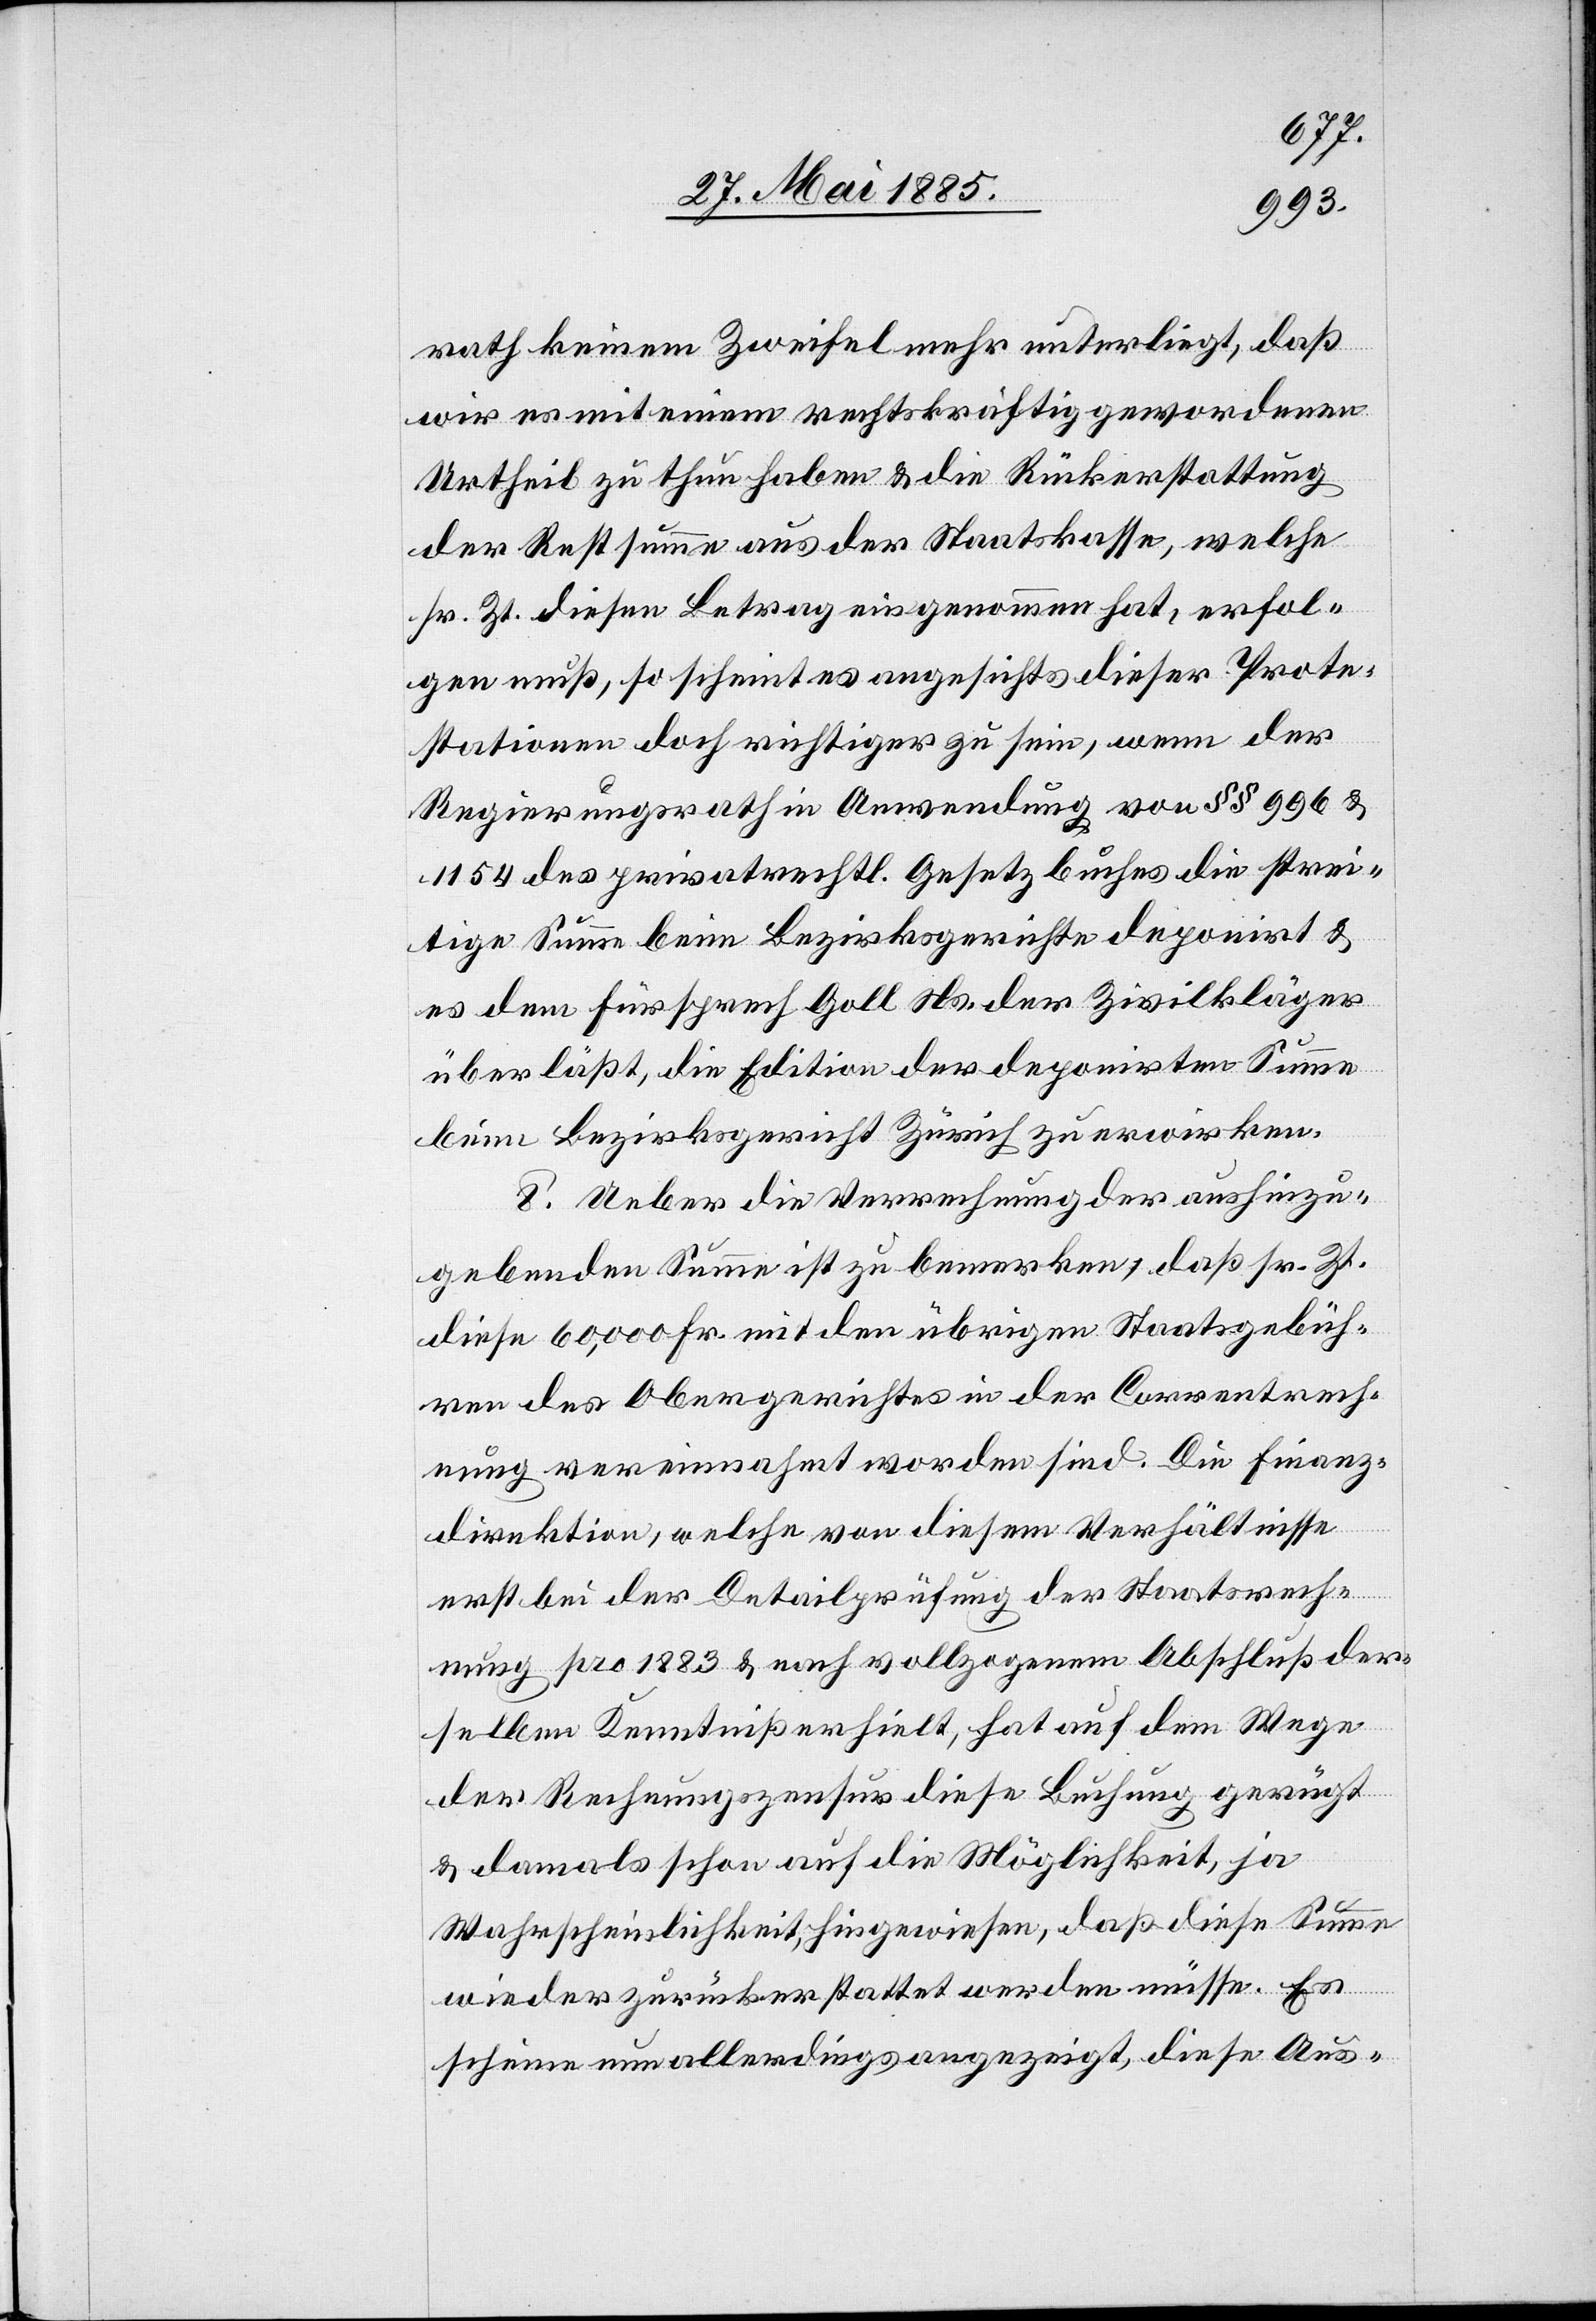
rath keinem Zweifel mehr unterliegt, daß
wir es mit einem rechtskräftig gewordenen
Urtheil zu thun haben & die Staatskasse,
sr. Zt. diesen Betrag eingenommen hat, erfol¬
gen muß, so scheint es angesichts dieser Prote¬
stationen doch richtiger zu sein, wenn der
Regierungsrath in Anwendung von §§ 996 &
1154 des privatrechtl. Gesetzbuches die strei¬
tige Summe beim Bezirksgerichte deponirt &
es dem Fürsprech Goll Ns. der Zivilkläger
überläßt, die Edition der deponirten Summe
beim Bezirksgericht Zürich zu erwirken.
8. Ueber die Verrechnung der aushinzu¬
gebenden Summe ist zu bemerken, daß sr. Zt.
diese 60,000 Fr. mit den übrigen Staatsgebüh¬
ren des Obergerichtes in der Correntrech¬
nung vereinnahmt worden sind. Die Finanz¬
direktion, welche von diesem Verhältnisse
erst bei der Detailprüfung der Staatsrech¬
nung pro 1883 & nach vollzogenem Abschluß der
selben Kenntniß erhielt, hat auf dem Wege
des Rechnungszensus diese Buchung gerügt
& damals schon auf die Möglichkeit, ja
Wahrscheinlichkeit, hingewiesen, daß diese Summe
wieder zurückerstattet werden müsse. Es
scheine nun allerdings angezeigt, diese Aus-